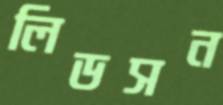
লিডসন